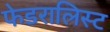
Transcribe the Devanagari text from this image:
फेडरालिस्ट